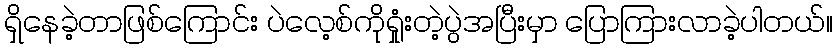
ရှိနေခဲ့တာဖြစ်ကြောင်း ပဲလေ့စ်ကိုရှုံးတဲ့ပွဲအပြီးမှာ ပြောကြားလာခဲ့ပါတယ်။